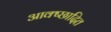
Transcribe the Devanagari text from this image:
आक्ष्छादित